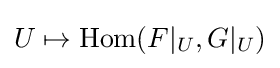
U\mapsto \operatorname {Hom} (F|_{U},G|_{U})